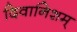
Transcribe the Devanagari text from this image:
दिवानिशम्